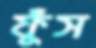
ফুঁস